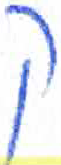
אות: ק